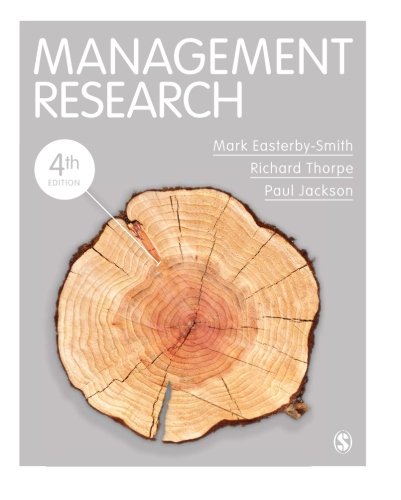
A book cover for Management Research; Mark Easterby-Smith; Business & Money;